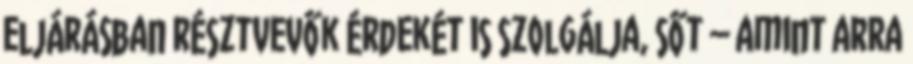
eljárásban résztvevők érdekét is szolgálja, sőt – amint arra